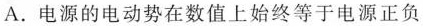
A. 电源的电动势在数值上始终等于电源正负